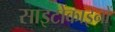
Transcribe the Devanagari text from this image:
साइटोंकाइनों